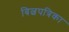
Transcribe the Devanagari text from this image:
बिल्वपत्रिका